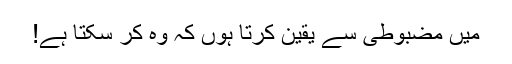
میں مضبوطی سے یقین کرتا ہوں کہ وہ کر سکتا ہے!